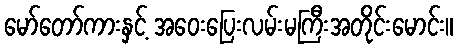
မော်တော်ကားနှင့် အဝေးပြေးလမ်းမကြီးအတိုင်းမောင်း။